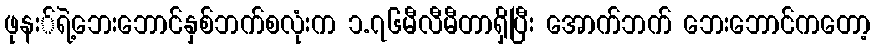
ဖုနး်ရဲ့ဘေးဘောင်နှစ်ဘက်စလုံးက ၁.၇၆မီလီမီတာရှိပြီး အောက်ဘက် ဘေးဘောင်ကတော့